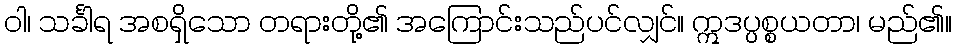
ဝါ၊ သင်္ခါရ အစရှိသော တရားတို့၏ အကြောင်းသည်ပင်လျှင်။ ဣဒပ္ပစ္စယတာ၊ မည်၏။